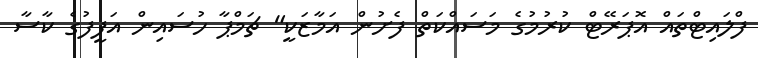
ފްލައިޓްތައް އޮޕަރޭޓް ކުރުމުގެ މަސައްކަތް ފެށުން އަމާޒަކީ" ޗަމްޕާ ހުސައިން އަފީފުގެ ކާސާ